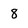
Character: 8